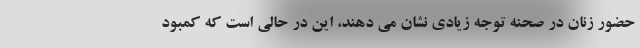
حضور زنان در صحنه توجه زیادی نشان می دهند، این در حالی است که کمبود